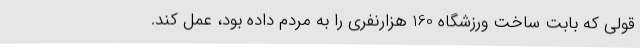
قولی که بابت ساخت ورزشگاه 160 هزارنفری را به مردم داده بود، عمل کند.